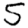
Digit: 5